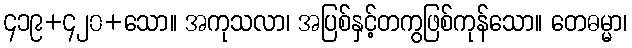
၄၁၉+၄၂၀+သော။ အကုသလာ၊ အပြစ်နှင့်တကွဖြစ်ကုန်သော။ တေဓမ္မာ၊